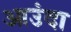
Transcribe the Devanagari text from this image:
आउंदा